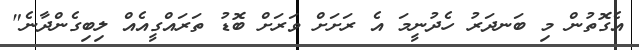
އެގޮތުން މި ބަނދަރު ހެދުނީމަ އެ ރަށަށް ވަރަށް ބޮޑު ތަރައްގީއެއް ލިބިގެންދާނެ"